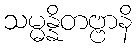
သမ္မန္နိတဗ္ဗာနိ